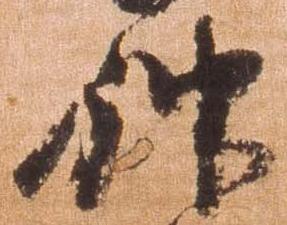
神